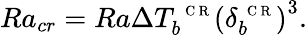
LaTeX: Ra_{cr}=Ra\Delta T_{b}^{\mathrm{~\scriptsize~C~R~}}\left(\delta_{b}^{\mathrm{~\scriptsize~C~R~}}\right)^{3}.